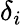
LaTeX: \delta_{i}